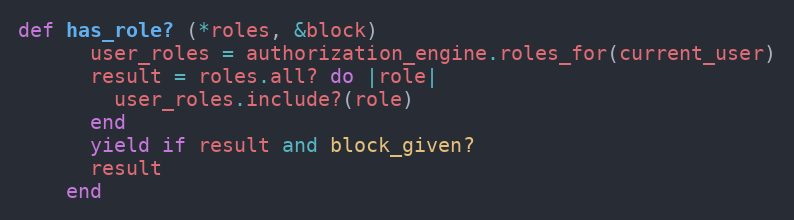
Language: Ruby
def has_role? (*roles, &block)
      user_roles = authorization_engine.roles_for(current_user)
      result = roles.all? do |role|
        user_roles.include?(role)
      end
      yield if result and block_given?
      result
    end